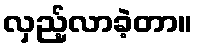
လှည့်လာခဲ့တာ။